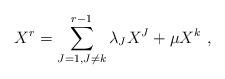
LaTeX: \begin{align*}X^r = \sum_{J=1,J\not= k}^{r-1}\lambda_{J} X^J +\mu X^k \ ,\end{align*}